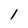
Character: l